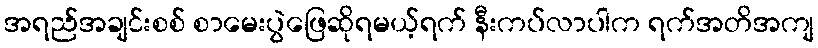
အရည်အချင်းစစ် စာမေးပွဲဖြေဆိုရမယ့်ရက် နီးကပ်လာပါက ရက်အတိအကျ